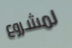
لمشروع